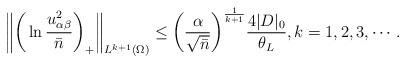
LaTeX: \begin{align*}\bigg\|\bigg(\ln\frac{u_{\alpha\beta}^2}{\bar{n}}\bigg)_+\bigg\|_{L^{k+1}(\Omega)}\leq\bigg(\frac{\alpha}{\sqrt{\bar{n}}}\bigg)^{\frac{1}{k+1}}\frac{4|D|_0}{\theta_L},k=1,2,3,\cdots.\end{align*}